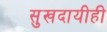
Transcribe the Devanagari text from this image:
सुखदायीही